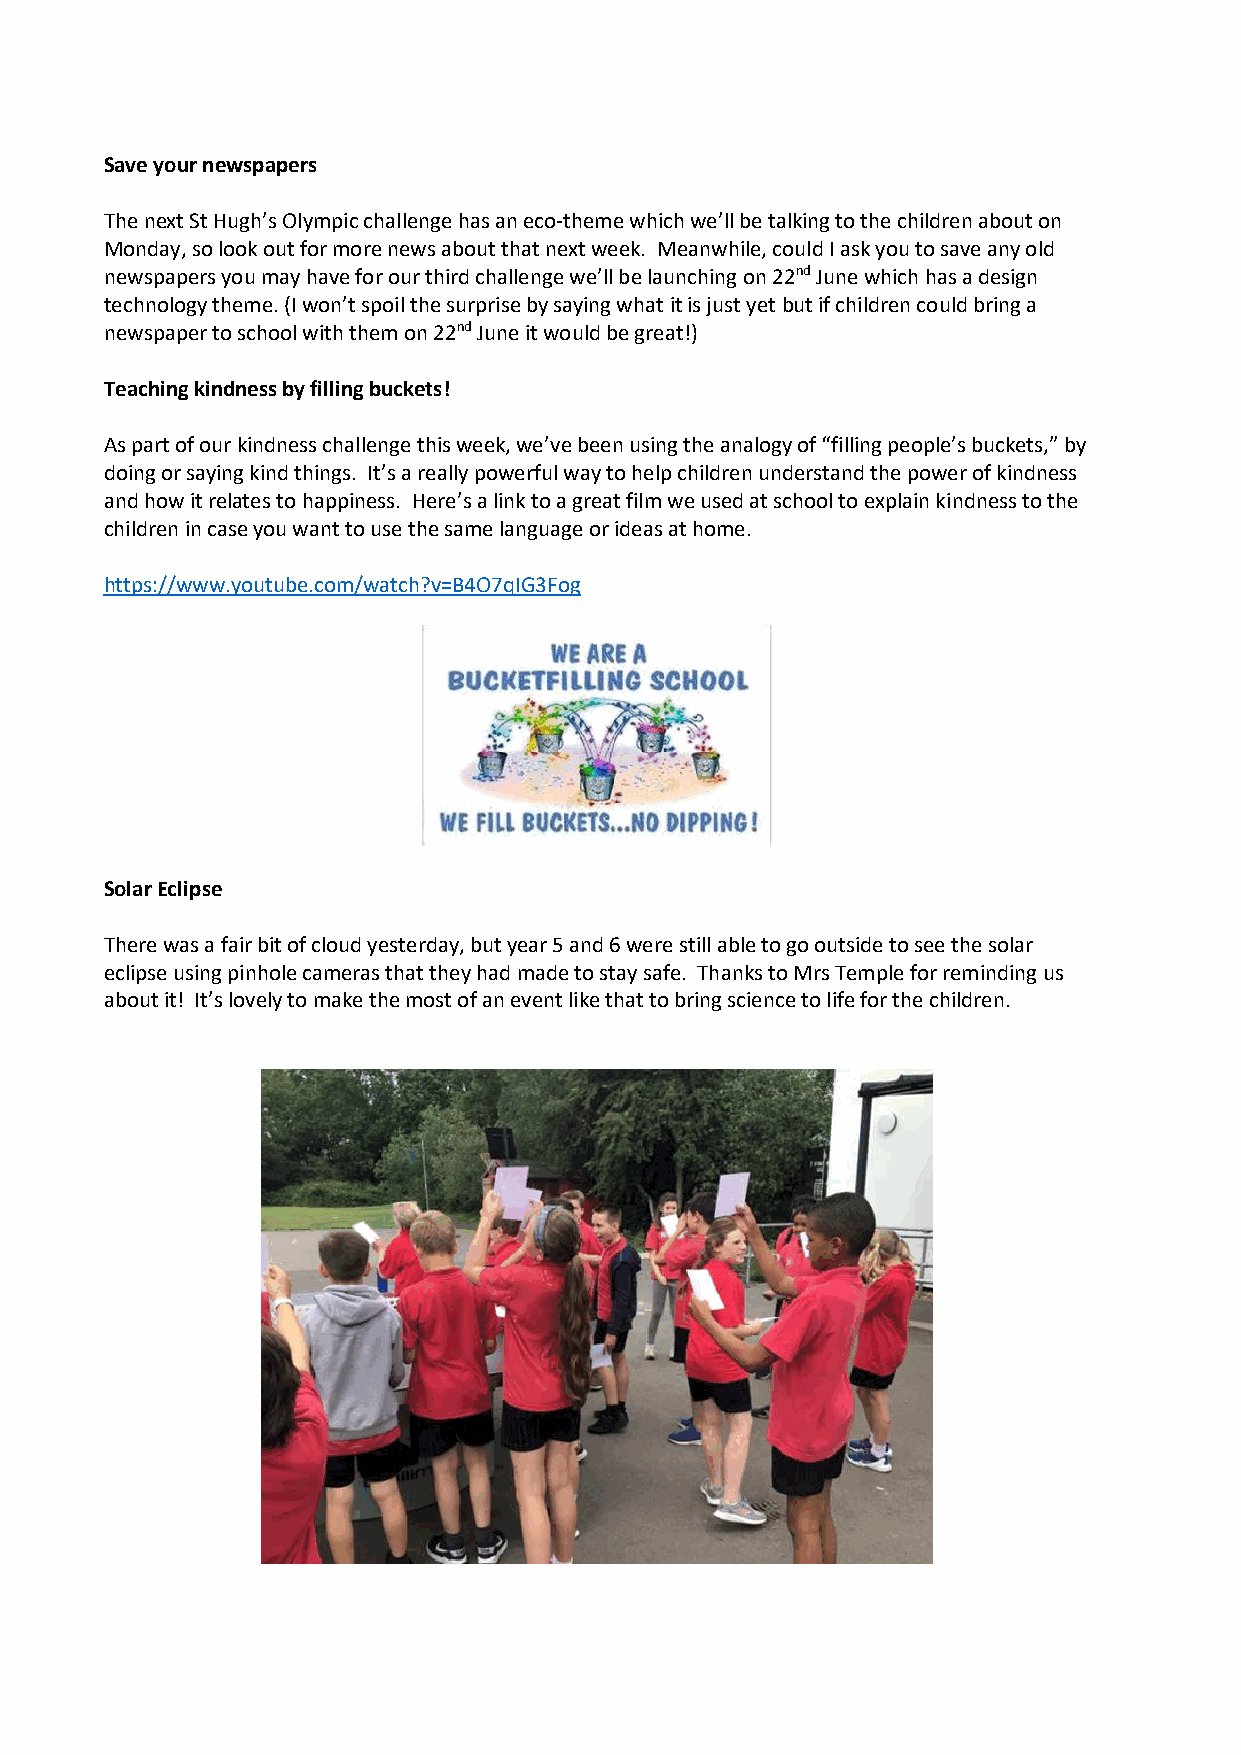
Save your newspapers
 The next St Hugh’s Olympic challenge has an eco-theme which we’ll be talking to the children about on
 Monday, so look out for more news about that next week. Meanwhile, could I ask you to save any old
 newspapers you may have for our third challenge we’ll be launching on 22nd June which has a design
 technology theme. (I won’t spoil the surprise by saying what it is just yet but if children could bring a
 newspaper to school with them on 22nd June it would be great!)
 Teaching kindness by filling buckets!
 As part of our kindness challenge this week, we’ve been using the analogy of “filling people’s buckets,” by
 doing or saying kind things. It’s a really powerful way to help children understand the power of kindness
 and how it relates to happiness. Here’s a link to a great film we used at school to explain kindness to the
 children in case you want to use the same language or ideas at home.
 https://www.youtube.com/watch?v=B4O7qIG3Fog
 Solar Eclipse
 There was a fair bit of cloud yesterday, but year 5 and 6 were still able to go outside to see the solar
 eclipse using pinhole cameras that they had made to stay safe. Thanks to Mrs Temple for reminding us
 about it! It’s lovely to make the most of an event like that to bring science to life for the children.